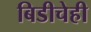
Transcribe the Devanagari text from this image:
बिडीचेही